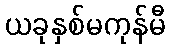
ယခုနှစ်မကုန်မီ